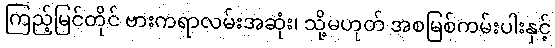
ကြည့်မြင်တိုင် ဗားကရာလမ်းအဆုံး၊ သို့မဟုတ် အစမြစ်ကမ်းပါးနှင့်